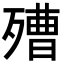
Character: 𣩒